Annual report on the Civil Veterinary Department, Burma (including the Insein Veterinary School) - 1923-1931
Year: 1923
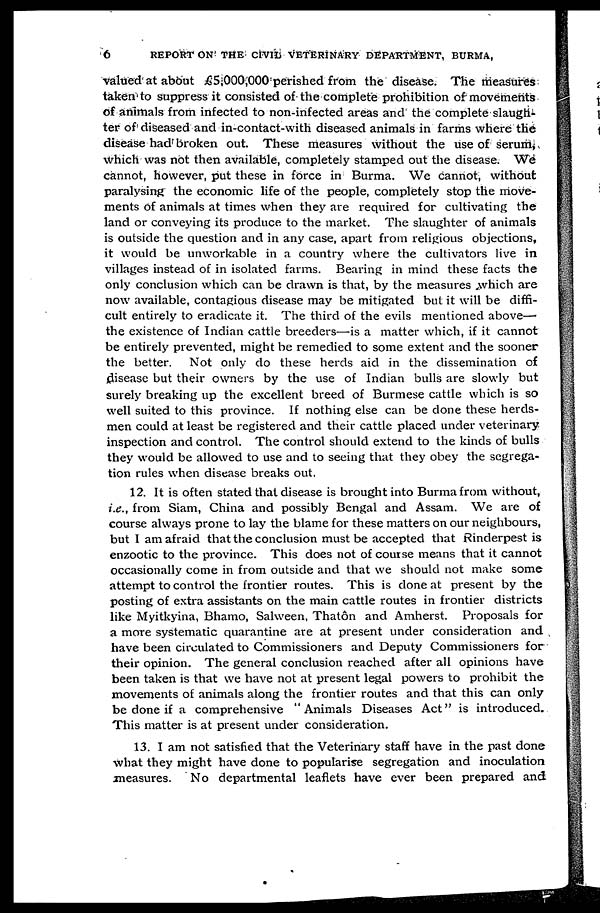
6
REPORT ON THE CIVIL VETERINARY DEPARTMENT, BURMA,
valued at about £5,000,000 perished from the disease. The measures
taken to suppress it consisted of the complete prohibition of movements
of animals from infected to non-infected areas and the complete slaugh-
ter of diseased and in-contact-with diseased animals in farms where the
disease had broken out. These measures without the use of serum,
which was not then available, completely stamped out the disease. We
cannot, however, put these in force in Burma. We cannot, without
paralysing the economic life of the people, completely stop the move-
ments of animals at times when they are required for cultivating the
land or conveying its produce to the market. The slaughter of animals
is outside the question and in any case, apart from religious objections,
it would be unworkable in a country where the cultivators live in
villages instead of in isolated farms. Bearing in mind these facts the
only conclusion which can be drawn is that, by the measures which are
now available, contagious disease may be mitigated but it will be diffi-
cult entirely to eradicate it. The third of the evils mentioned above—
the existence of Indian cattle breeders—as a matter which, if it cannot
be entirely prevented, might be remedied to some extent and the sooner
the better. Not only do these herds aid in the dissemination of
disease but their owners by the use of Indian bulls are slowly but
surely breaking up the excellent breed of Burmese cattle which is so
well suited to this province. If nothing else can be done these herds-
men could at least be registered and their cattle placed under veterinary
inspection and control. The control should extend to the lands of bulls
they would be allowed to use and to seeing that they obey the segrega-
tion rules when disease breaks out.
12. It is often stated that disease is brought into Burma from without,
i.e., from Siam, China and possibly Bengal and Assam. We are of
course always prone to lay the blame for these matters on our neighbours,
but I am afraid that the conclusion must be accepted that Rinderpest is
enzootic to the province. This does not of course means that it cannot
occasionally come in from outside and that we should not make some
attempt to control the frontier routes. This is done at present by the
posting of extra assistants on the main cattle routes in frontier districts
like Myitkyina, Bhamo, Salween, Thatôn and Amherst. Proposals for
a more systematic quarantine are at present under consideration and
have been circulated to Commissioners and Deputy Commissioners for
their opinion. The general conclusion reached after all opinions have
been taken is that we have not at present legal powers to prohibit the
movements of animals along the frontier routes and that this can only
be done if a comprehensive "Animals Diseases Act" is introduced.
This matter is at present under consideration.
13. I am not satisfied that the Veterinary staff have in the past done
what they might have done to popularise segregation and inoculation
measures. No departmental leaflets have ever been prepared and